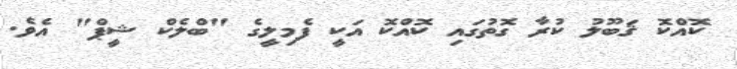
ކޮއްކޮ ޤަބޫލު ކުރާ ގޮތުގައި ކޮއްކޮ އަކީ ފެމިލީގެ "ބްލެކް ޝީޕް" އެވެ.